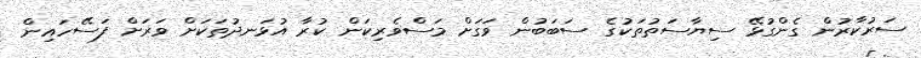
ސަރުކާރުން ގެންގުޅޭ ސިޔާސަތުތަކުގެ ސަބަބުން ވަގަށް މަސްވެރިކަން ކުރާ އުޅަނދުތަކަށް ވަރަށް ފަސޭހައިން